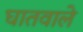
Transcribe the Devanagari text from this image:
घातवाले